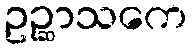
ဥဉ္ဆာသကေ